画像に写った文字を読んでください
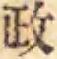
「政」と書いてあります